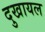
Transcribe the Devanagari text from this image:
दुखायल